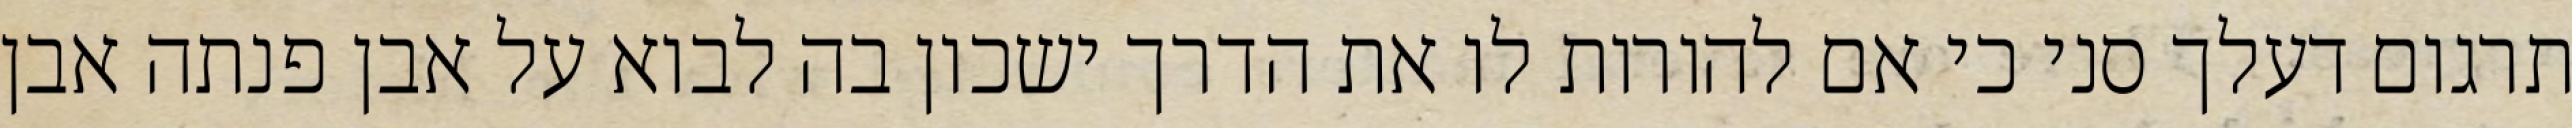
תרגום דעלך סני כי אם להורות לו את הדרך ישכון בה לבוא על אבן פנתה אבן